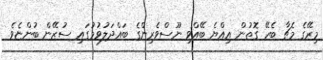
މިރޭގެ މެޗާ ބެހޭ ގޮތުން އިއްޔެ ބޭއްވި ނޫސްވެރިންގެ ބައްދަލުވުމުގައި ސުޒޭން ބުންޏެވެ.